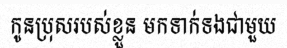
កូនប្រុសរបស់ខ្លួន មកទាក់ទងជាមួយ